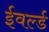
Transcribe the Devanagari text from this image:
ईवर्ल्ड